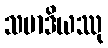
သမာဒိယဿု